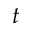
t